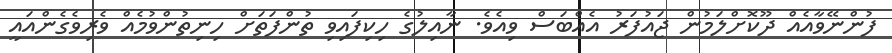
ފުންނޭވާއެއް ދޫކޮށްލަމުން ޖައުފަރު އެއްބަސް ވިއެވެ. ނާއިލުގެ ހިކިފައިވި ތުންފަތަށް ހިނިތުންވުމެއް ވެރިވެގެންއައީ